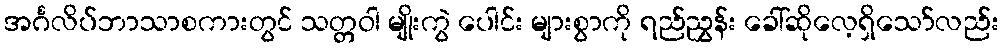
အင်္ဂလိပ်ဘာသာစကားတွင် သတ္တဝါ မျိုးကွဲ ပေါင်း များစွာကို ရည်ညွှန်း ခေါ်ဆိုလေ့ရှိသော်လည်း